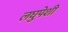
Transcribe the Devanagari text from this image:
लघुपेशी